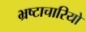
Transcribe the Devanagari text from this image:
भ्रष्टाचारियो